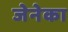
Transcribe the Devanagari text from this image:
जेनेका